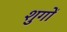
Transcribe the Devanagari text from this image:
शुगों